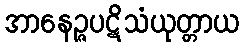
အာနေဉ္ဇပဋိသံယုတ္တာယ